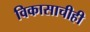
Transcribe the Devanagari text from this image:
विकासाचीही